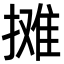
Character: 摊